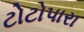
ટોટોપારા